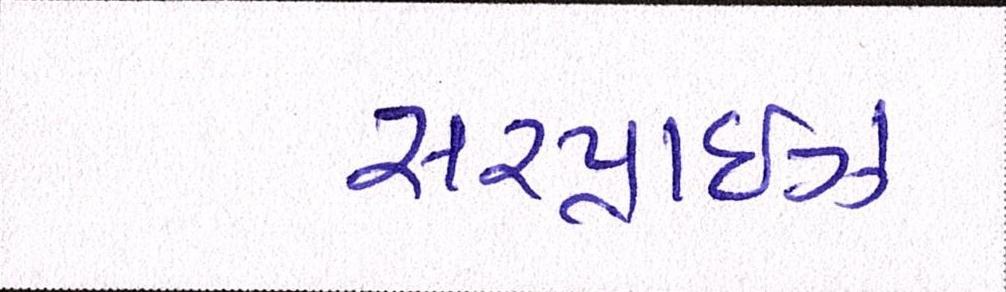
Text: સરપ્રાઇઝ